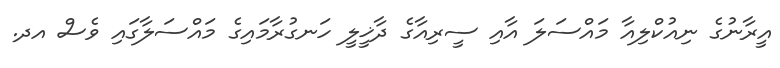
އީރާނުގެ ނިއުކްލިއާ މައްސަލަ އާއި ސީރިއާގެ ދާޚީލީ ހަނގުރާމައިގެ މައްސަލާގައި ވެސް އދ.